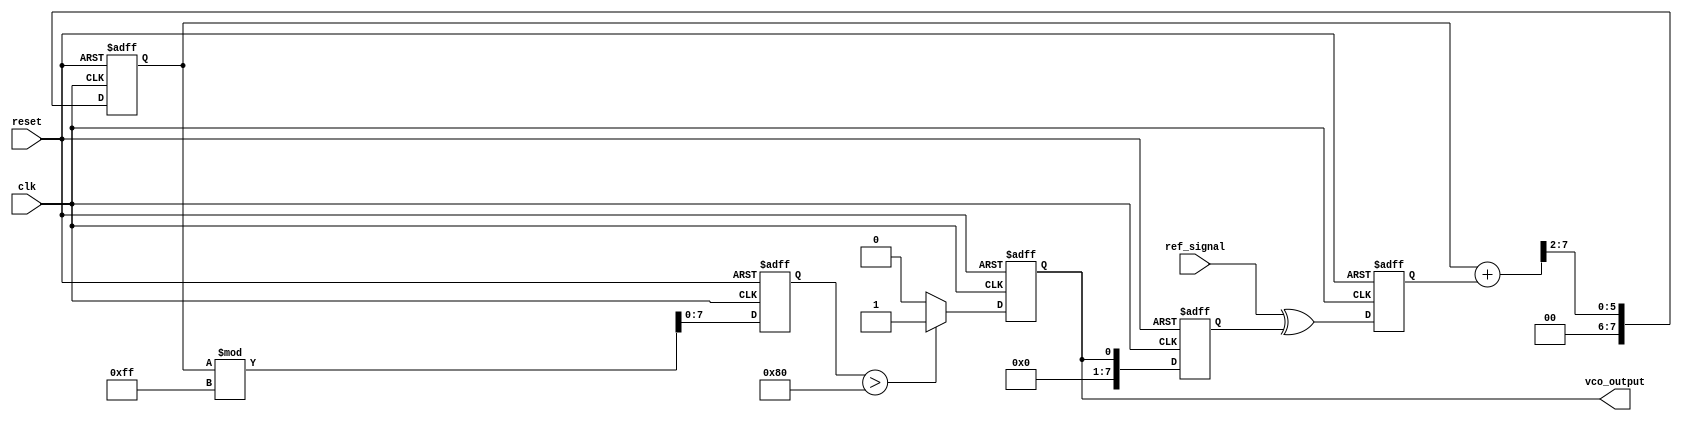
module MemoryBlocksPLL (
    input wire clk,                // System clock
    input wire reset,              // Asynchronous reset
    input wire ref_signal,         // Reference input signal
    output reg vco_output          // Output of the VCO
);

// Parameters
parameter N = 8;                 // Number of bits for phase error and control voltage
parameter LPF_TAPS = 4;          // Number of taps for the Low Pass Filter
parameter VCO_MAX_FREQ = 255;    // Maximum frequency for VCO

// Internal signals
reg [N-1:0] phase_error;         // Phase error signal
reg [N-1:0] control_voltage;      // Control voltage for VCO
reg [N-1:0] lpf_memory [0:LPF_TAPS-1]; // Memory for LPF
reg [N-1:0] vco_frequency;        // Frequency output from VCO
reg [N-1:0] feedback_signal;      // Feedback signal from VCO

// Phase Detector
always @(posedge clk or posedge reset) begin
    if (reset) begin
        phase_error <= 0;
    end else begin
        // Simple XOR-based phase detector
        phase_error <= ref_signal ^ feedback_signal; // Example phase error calculation
    end
end

// Low Pass Filter
integer i;
always @(posedge clk or posedge reset) begin
    if (reset) begin
        for (i = 0; i < LPF_TAPS; i = i + 1) begin
            lpf_memory[i] <= 0;
        end
        control_voltage <= 0;
    end else begin
        // Shift the memory and apply a simple averaging filter
        control_voltage <= 0;
        for (i = LPF_TAPS - 1; i > 0; i = i - 1) begin
            lpf_memory[i] <= lpf_memory[i-1];
            control_voltage <= control_voltage + lpf_memory[i];
        end
        lpf_memory[0] <= phase_error; // New phase error is stored
        control_voltage <= (control_voltage + phase_error) >> 2; // Average
    end
end

// Voltage-Controlled Oscillator (VCO)
always @(posedge clk or posedge reset) begin
    if (reset) begin
        vco_frequency <= 0;
        vco_output <= 0;
    end else begin
        // Simple VCO model: frequency is directly proportional to control voltage
        vco_frequency <= control_voltage % VCO_MAX_FREQ; // Limit frequency
        vco_output <= (vco_frequency > 128) ? 1 : 0; // Example output logic
    end
end

// Feedback Path
always @(posedge clk or posedge reset) begin
    if (reset) begin
        feedback_signal <= 0;
    end else begin
        feedback_signal <= vco_output; // Feedback from VCO output
    end
end

endmodule